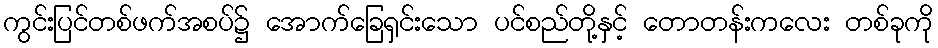
ကွင်းပြင်တစ်ဖက်အစပ်၌ အောက်ခြေရှင်းသော ပင်စည်တို့နှင့် တောတန်းကလေး တစ်ခုကို